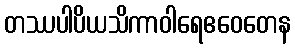
တဿပါပိယသိကာဝါရေဧဝေတေန